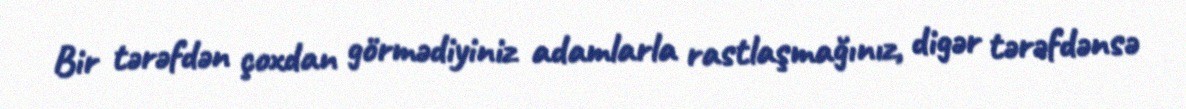
Bir tərəfdən çoxdan görmədiyiniz adamlarla rastlaşmağınız, digər tərəfdənsə